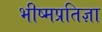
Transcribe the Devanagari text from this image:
भीष्मप्रतिज्ञा